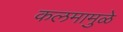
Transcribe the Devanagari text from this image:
कलमामुळे